Indian journal of veterinary science and animal husbandry - Volume 6,
Year: 1936
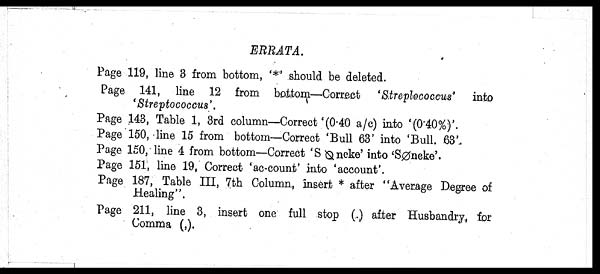
ERRATA.
Page 119, line 3 from bottom, '*' should be deleted.
Page 141, line 12 from bottom—Correct 'Streplococcus' into
'Streptococcus'.
Page 143, Table 1, 3rd column—Correct'(0.40 a/c) into '(0.40%)'.
Page 150, line 15 from bottom—Correct 'Bull 63' into 'Bull. 63'.
Page 150, line 4 from bottom—Correct 'S Ø ncke' into 'SØneke'.
Page 151, line 19, Correct 'ac-count' into 'account'.
Page 187, Table III, 7th Column, insert * after "Average Degree of
Healing".
Page 211, line 3, insert one full stop (.) after Husbandry, for
Comma (,).